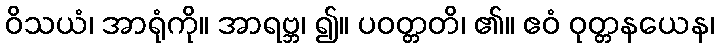
ဝိသယံ၊ အာရုံကို။ အာရဗ္ဘ၊ ၍။ ပဝတ္တတိ၊ ၏။ ဧဝံ ဝုတ္တနယေန၊